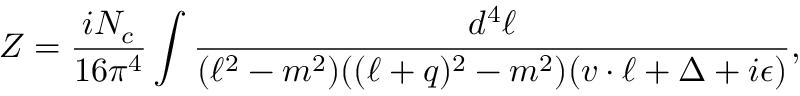
Z = \frac { i N _ { c } } { 1 6 \pi ^ { 4 } } \int \frac { d ^ { 4 } \ell } { ( \ell ^ { 2 } - m ^ { 2 } ) ( ( \ell + q ) ^ { 2 } - m ^ { 2 } ) ( v \cdot \ell + \Delta + i \epsilon ) } ,